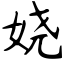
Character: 娆